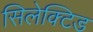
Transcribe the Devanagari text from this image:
सिलेक्टिड